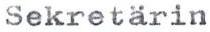
Sekretärin